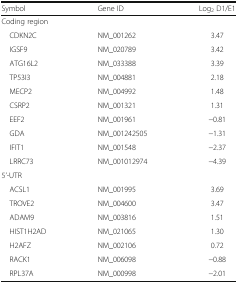
<table><thead><tr><td><b>Symbol</b></td><td><b>Gene ID</b></td><td><b>Log<sub>2</sub> D1/E1</b></td></tr></thead><tbody><tr><td colspan="3">Coding region</td></tr><tr><td> CDKN2C</td><td>NM_001262</td><td>3.47</td></tr><tr><td> IGSF9</td><td>NM_020789</td><td>3.42</td></tr><tr><td> ATG16L2</td><td>NM_033388</td><td>3.39</td></tr><tr><td> TP53I3</td><td>NM_004881</td><td>2.18</td></tr><tr><td> MECP2</td><td>NM_004992</td><td>1.48</td></tr><tr><td> CSRP2</td><td>NM_001321</td><td>1.31</td></tr><tr><td> EEF2</td><td>NM_001961</td><td>−0.81</td></tr><tr><td> GDA</td><td>NM_001242505</td><td>−1.31</td></tr><tr><td> IFIT1</td><td>NM_001548</td><td>−2.37</td></tr><tr><td> LRRC73</td><td>NM_001012974</td><td>−4.39</td></tr><tr><td colspan="3">5’-UTR</td></tr><tr><td> ACSL1</td><td>NM_001995</td><td>3.69</td></tr><tr><td> TROVE2</td><td>NM_004600</td><td>3.47</td></tr><tr><td> ADAM9</td><td>NM_003816</td><td>1.51</td></tr><tr><td> HIST1H2AD</td><td>NM_021065</td><td>1.30</td></tr><tr><td> H2AFZ</td><td>NM_002106</td><td>0.72</td></tr><tr><td> RACK1</td><td>NM_006098</td><td>−0.88</td></tr><tr><td> RPL37A</td><td>NM_000998</td><td>−2.01</td></tr></tbody></table>